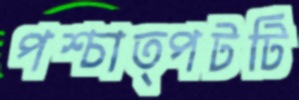
পশ্চাত্পটটি